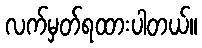
လက်မှတ်ရထားပါတယ်။